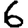
Digit: 6